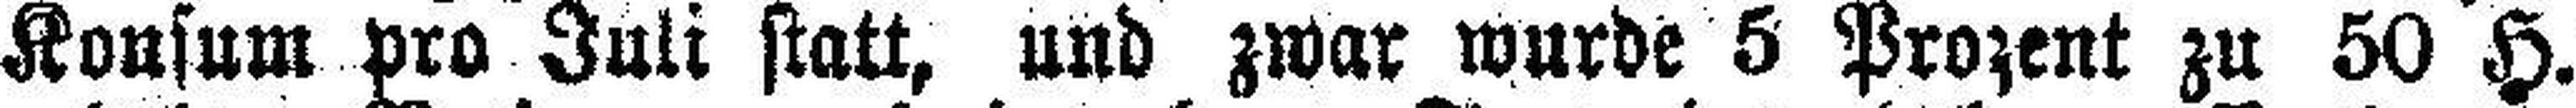
Konsum pro Juli statt, und zwar wurde 5 Prozent zu 50 H.